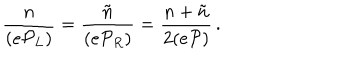
LaTeX: \frac { n } { ( e { \cal P } _ { L } ) } = \frac { \tilde { n } } { ( e { \cal P } _ { R } ) } = \frac { n + \tilde { n } } { 2 ( e { \cal P } ) } \, .